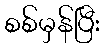
စစ်မှန်ပြီး